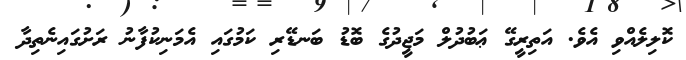
ކޮލިލެއްވި އެވެ. އަތިރީގޭ ޢަބުދުލް މަޖީދުގެ ބޮޑު ބަނޑޭރި ކަމުގައި އެމަނިކުފާނު ރަށުގައިނެތިދާ